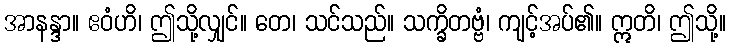
အာနန္ဒာ။ ဧဝံဟိ၊ ဤသို့လျှင်။ တေ၊ သင်သည်။ သက္ခိတဗ္ဗံ၊ ကျင့်အပ်၏။ ဣတိ၊ ဤသို့။